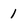
Character: 1